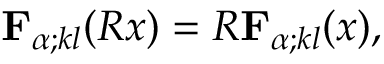
{ \mathbf { F } } _ { \alpha ; k l } ( R x ) = R { \mathbf { F } } _ { \alpha ; k l } ( x ) ,